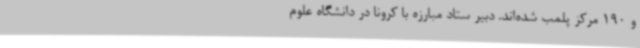
و 190 مرکز پلمب شده‌اند. دبیر ستاد مبارزه با کرونا در دانشگاه علوم